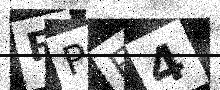
Text: FPE4